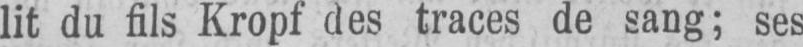
lit du fils Kropf des traces de sang; ses